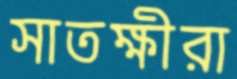
সাতক্ষীরা